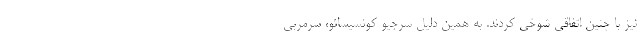
نیز با چنین اتفاقی شوخی کردند. به همین دلیل سرجیو کونسیسائو، سرمربی